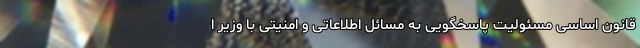
قانون اساسی مسئولیت پاسخگویی به مسائل اطلاعاتی و امنیتی با وزیر ا